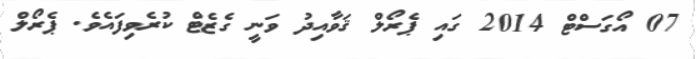
07 އޯގަސްޓް 2014 ގައި ޕެރޯލް ޤަވާއިދު ވަނީ ގެޒެޓް ކުރެވިފައެވެ. ޕެރޯލް